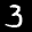
Label: 3